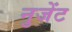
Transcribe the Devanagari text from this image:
नुजेंट